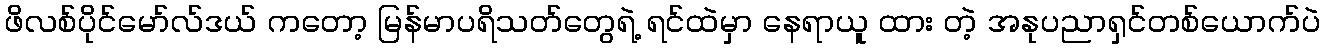
ဖိလစ်ပိုင်မော်လ်ဒယ် ကတော့ မြန်မာပရိသတ်တွေရဲ့ ရင်ထဲမှာ နေရာယူ ထား တဲ့ အနုပညာရှင်တစ်ယောက်ပဲ